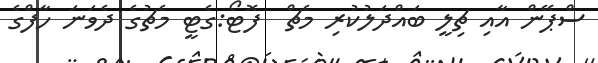
ސްޕޭން އާއި ޗިލީ ބައްދަލުކުރި މެޗް  ފޮޓޯ:ގެޓީ މެޗުގެ ދެވަނަ ހާފްގެ